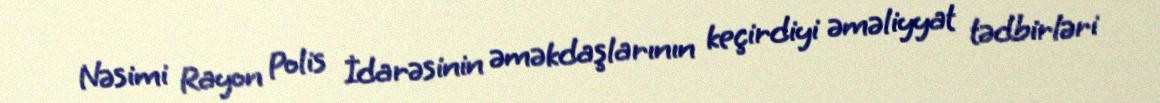
Nəsimi Rayon Polis İdarəsinin əməkdaşlarının keçirdiyi əməliyyat tədbirləri